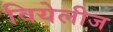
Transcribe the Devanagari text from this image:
वियेलीज